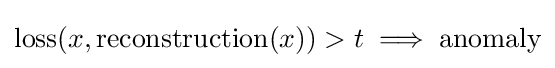
{\text{loss}}(x,{\text{reconstruction}}(x))>t\implies {\text{anomaly}}